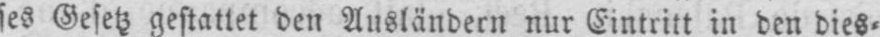
ses Gesetz gestattet den Ausländern nur Eintritt in den dies⸗